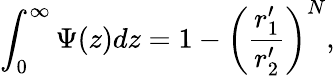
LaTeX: \int_{0}^{\infty}\Psi(z)dz=1-\left(\frac{r_{1}^{\prime}}{r_{2}^{\prime}}\right)^{N},